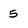
Character: 5